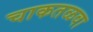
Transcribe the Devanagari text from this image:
चाकतळवा